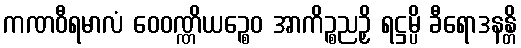
ကဏဝီရမာလံ ဝေဝဏ္ဏိယဉ္စေဝ အာကိဉ္စညဉှိ ရဋ္ဌမ္ပိ ခီရောဒနန္တိ